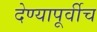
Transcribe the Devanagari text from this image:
देण्यापूर्वीच